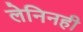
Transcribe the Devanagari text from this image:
लेनिनही